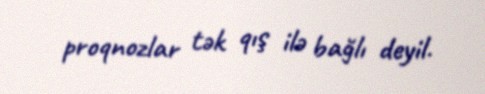
proqnozlar tək qış ilə bağlı deyil.